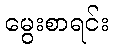
မွေးစာရင်း